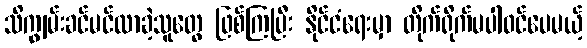
သိကျွမ်းခင်မင်လာခဲ့သူတွေ ဖြစ်ကြပြီး နိုင်ငံရေးမှာ တိုက်ရိုက်မပါဝင်ပေမယ့်